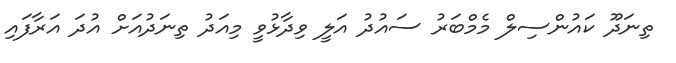
ތިނަދޫ ކައުންސިލް މެމްބަރު ސައުދު އަލީ ވިދާޅުވީ މިއަދު ތިނަދުއަށް އުދަ އަރާފައި